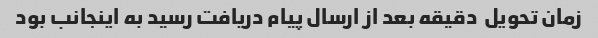
زمان تحویل  دقیقه بعد از ارسال پیام دریافت رسید به اینجانب بود